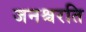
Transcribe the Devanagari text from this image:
जनश्चरति